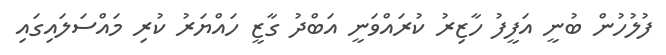
ފުލުހުން ބުނީ އަފީފު ހާޒިރު ކުރައްވަނީ އަބްދު ގާޒީ ހައްޔަރު ކުރި މައްސަލައިގައި